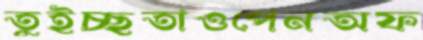
তুইচ্ছতাওপেনঅফ